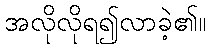
အလိုလိုရ၍လာခဲ့၏။